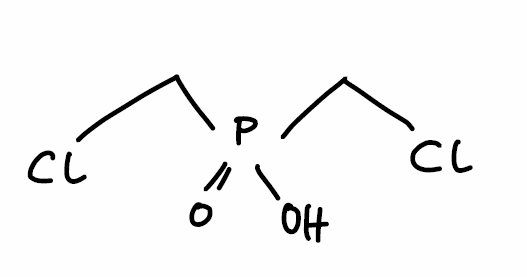
Simplified molecular-input line-entry system (SMILES) notation of the given molecule:
C(P(=O)(CCl)O)Cl